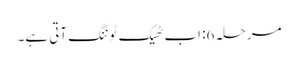
مرحلہ 6: اب ٹھیک ٹوننگ آتی ہے۔